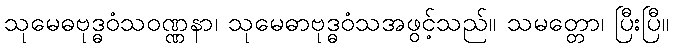
သုမေဓဗုဒ္ဓဝံသဝဏ္ဏနာ၊ သုမေဓာဗုဒ္ဓဝံသအဖွင့်သည်။ သမတ္တော၊ ပြီးပြီ။